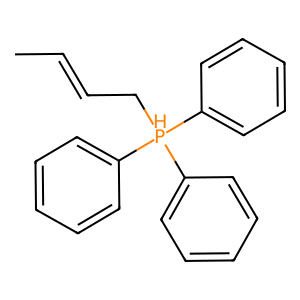
SMILES: CC=CC[PH](c1ccccc1)(c1ccccc1)c1ccccc1
Inhibits HIV replication: No